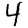
Digit: 4